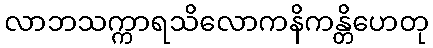
လာဘသက္ကာရသိလောကနိကန္တိဟေတု